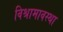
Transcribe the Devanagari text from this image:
विश्रामावस्था